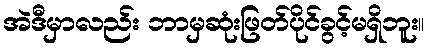
အဲဒီမှာလည်း ဘာမှဆုံးဖြတ်ပိုင်ခွင့်မရှိဘူး။